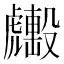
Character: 𧈑